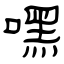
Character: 嘿